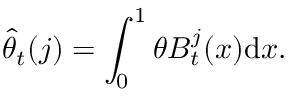
\widehat { \theta } _ { t } ( j ) = \int _ { 0 } ^ { 1 } \theta B _ { t } ^ { j } ( x ) { \mathrm { d } } x .